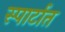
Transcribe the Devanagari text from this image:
स्पार्टात